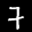
Label: 7